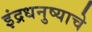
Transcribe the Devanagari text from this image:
इंद्रधनुष्याचे